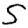
Digit: 5